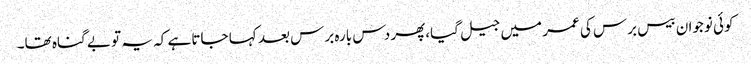
کوئی نوجوان بیس برس کی عمر میں جیل گیا،پھر دس بارہ برس بعد کہا جاتا ہے کہ یہ تو بے گناہ تھا۔